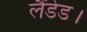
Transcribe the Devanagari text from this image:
लैंडेड।